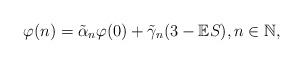
LaTeX: \begin{align*} \varphi(n)=\tilde{{\alpha}}_n\varphi(0)+\tilde{{\gamma}}_n(3-\mathbb {E}S), n\in\mathbb{N},\end{align*}